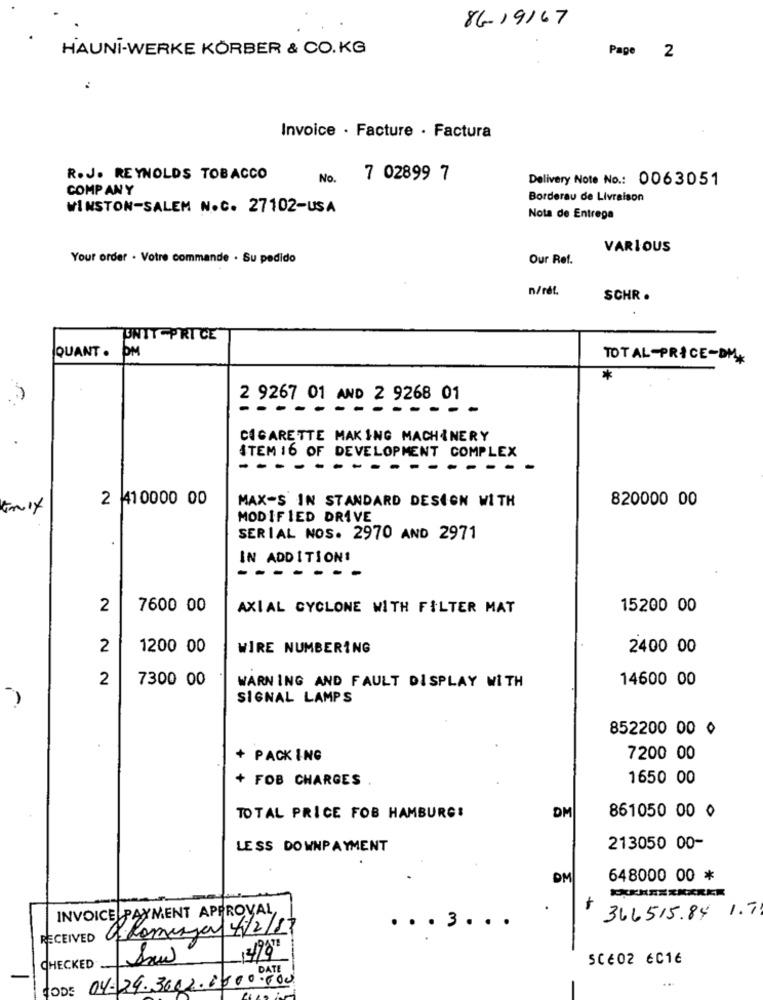
86-19167
HAUNI-WERKE KÖRBER & CO.KG
Page 2
Invoice · Facture · Factura
R.J. REYNOLDS TOBACCO
No.
7 02899 7
Delivery Note No .: 0063051
COMPANY
Borderau de Livraison
WINSTON-SALEM N.C. 27102-USA
Nota de Entrega
VARIOUS
Your order . Votre commande . Su pedido
Our Ref.
n/rét.
SCHR .
ENTT PRICE
QUANT .
OM
TOTAL PRICE-DM
2 9267 01 AND 2 9268 01
CIGARETTE MAKING MACHINERY
ITEM 16 OF DEVELOPMENT COMPLEX
- - -
...
2 41 0000 00
MAX-S IN STANDARD DESIGN WITH
820000 00
MODIFIED DRIVE
SERIAL NOS. 2970 AND 2971
IN ADDITION!
2
7600 00
AXIAL CYCLONE WITH FILTER MAT
15200 00
2
1200 00
WIRE NUMBERING
2400 00
2
7300 00
14600 00
WARNING AND FAULT DISPLAY WITH
SIGNAL LAMPS
852200 00 0
+ PACKING
7200 00
+ FOB CHARGES
1650 00
TOTAL PRICE FOB HAMBURG:
DM
861050 00 0
LESS DOWNPAYMENT
213050 00-
DM
648000 00 *
INVOICE PAYMENT APPROVAL,
-
366515.84 1.71
alomiga/4/2/13
.. . 3 . . .
RECEIVED
1219071
SCÉ02 6C16
CHECKED
DATE
CODE 04-29.3622.8600.000